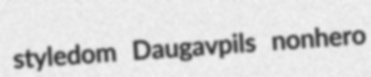
styledom Daugavpils nonhero